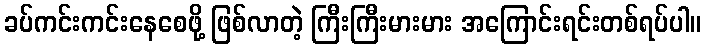
ခပ်ကင်းကင်းနေစေဖို့ ဖြစ်လာတဲ့ ကြီးကြီးမားမား အကြောင်းရင်းတစ်ရပ်ပါ။